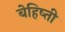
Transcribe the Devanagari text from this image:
बेहिष्ती